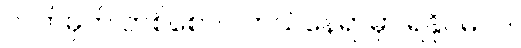
လက်မှတ် တစ်စောင် ဘယ်နေရာမှာ ရနိုင်မလဲ။